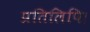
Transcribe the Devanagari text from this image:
प्रतिलिपि।